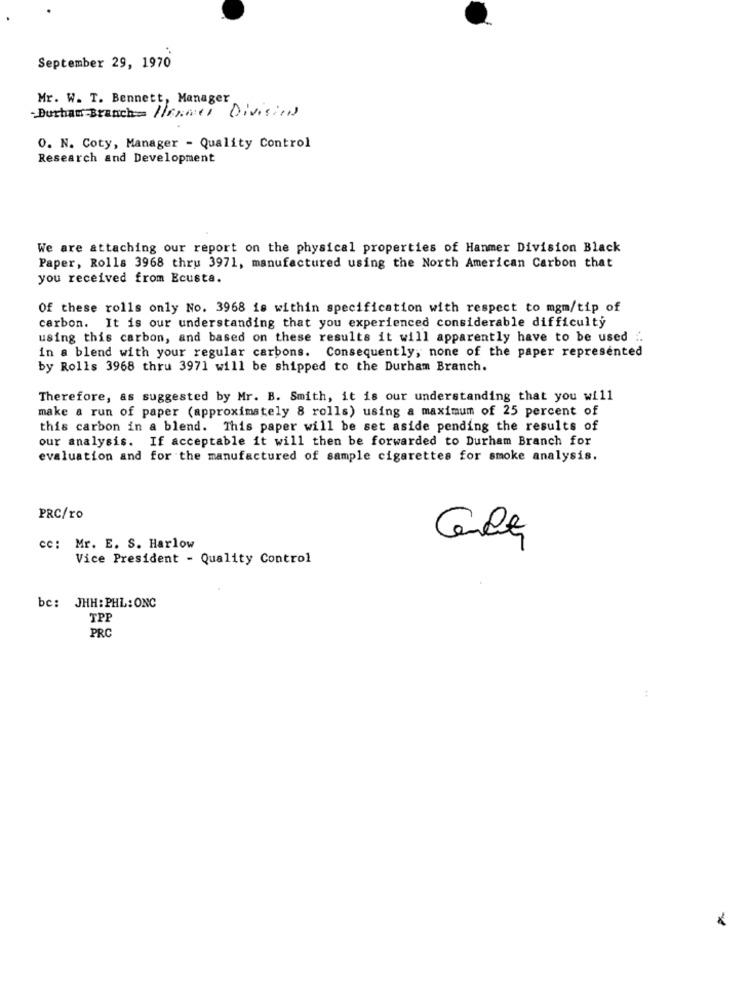
September 29, 1970
Mr. W. T. Bennett, Manager
-Durham Branch Hermel Division
O. N. Coty, Manager - Quality Control
Research and Development
We are attaching our report on the physical properties of Hanmer Division Black
Paper, Rolls 3968 thru 3971, manufactured using the North American Carbon that
you received from Ecusta.
Of these rolls only No. 3968 is within specification with respect to mgm/tip of
carbon. It is our understanding that you experienced considerable difficulty
using this carbon, and based on these results it will apparently have to be used ..
in a blend with your regular carbons. Consequently, none of the paper represented
by Rolls 3968 thru 3971 will be shipped to the Durham Branch.
Therefore, as suggested by Mr. B. Smith, it is our understanding that you will
make a run of paper (approximately 8 rolls) using a maximum of 25 percent of
this carbon in a blend. This paper will be set aside pending the results of
our analysis. If acceptable it will then be forwarded to Durham Branch for
evaluation and for the manufactured of sample cigarettes for smoke analysis.
PRC/ro
d
cc: Mr. E. S. Harlow
Vice President - Quality Control
be: JHH: PHL: ONC
TPP
PRC
: